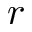
r